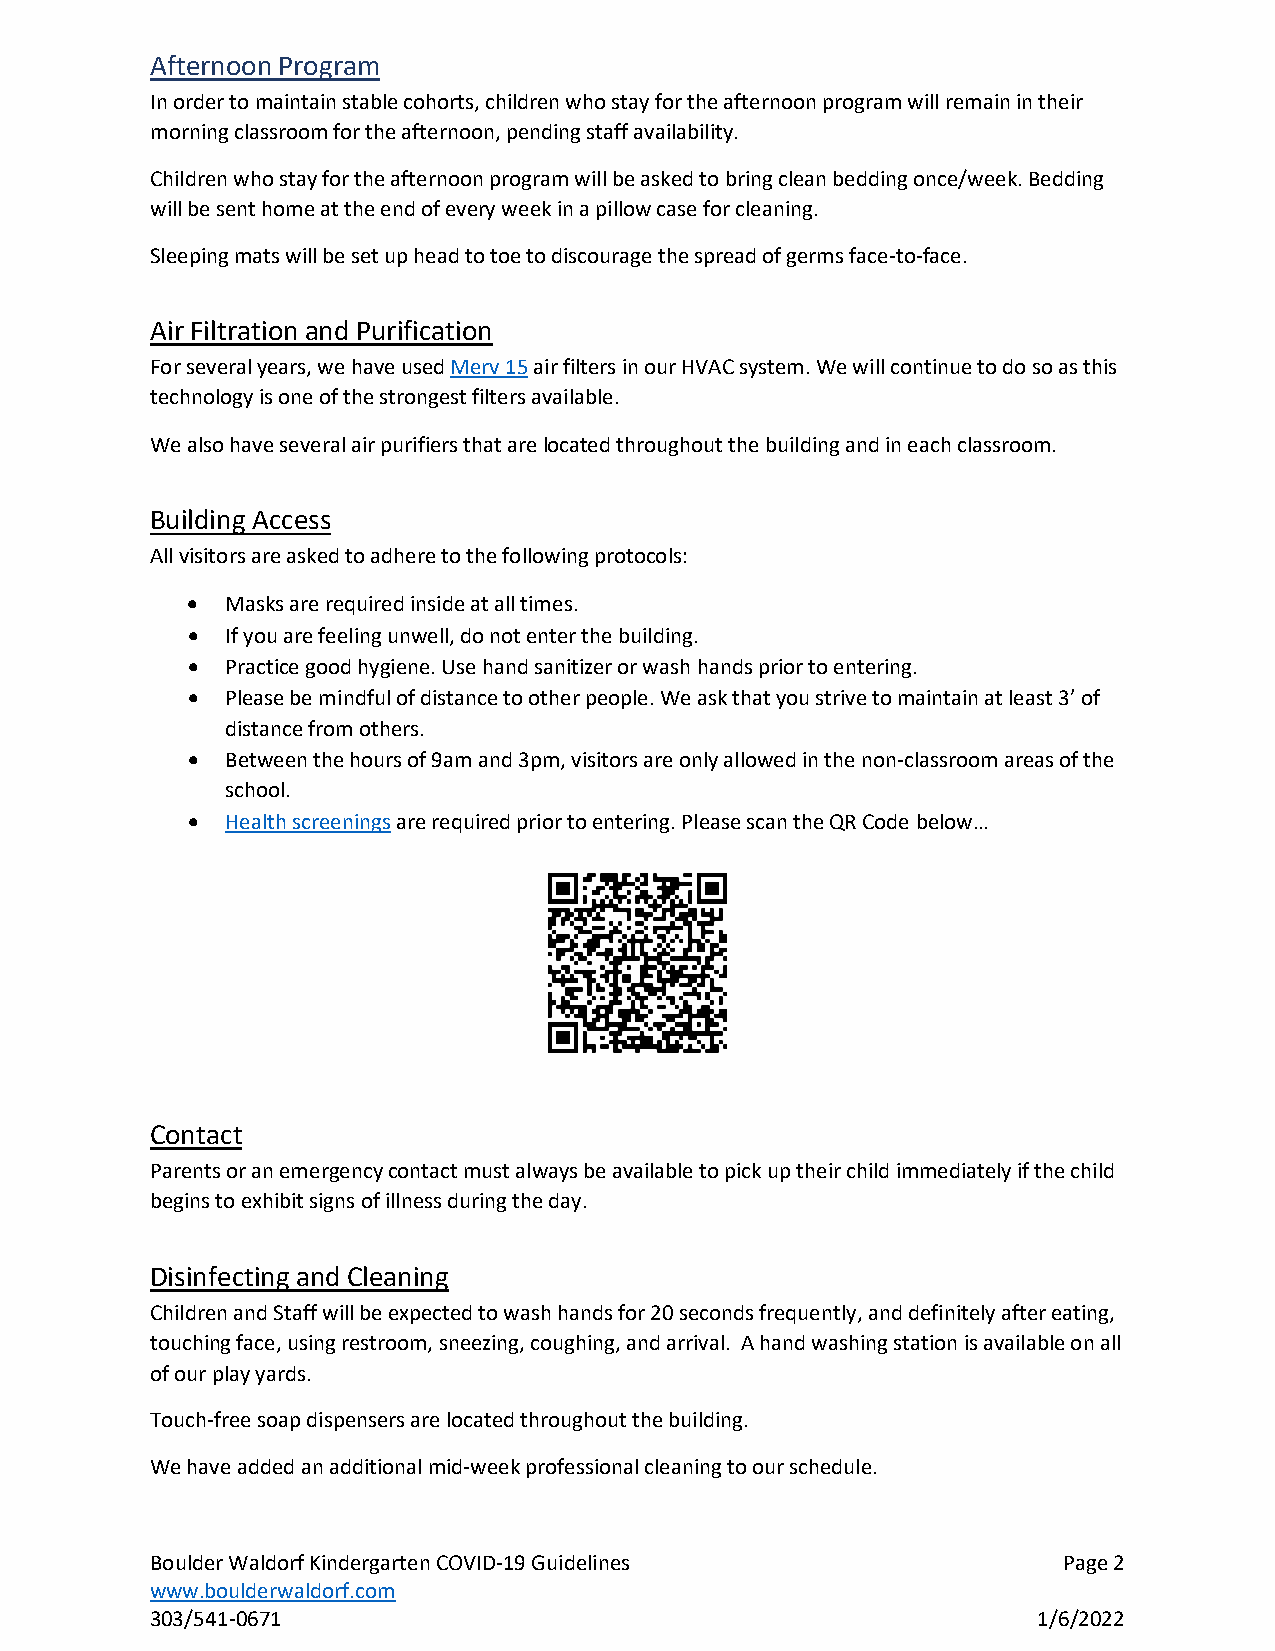
Afternoon Program
 In order to maintain stable cohorts, children who stay for the afternoon program will remain in their
 morning classroom for the afternoon, pending staff availability.
 Children who stay for the afternoon program will be asked to bring clean bedding once/week. Bedding
 will be sent home at the end of every week in a pillow case for cleaning.
 Sleeping mats will be set up head to toe to discourage the spread of germs face-to-face.
 Air Filtration and Purification
 For several years, we have used Merv 15 air filters in our HVAC system. We will continue to do so as this
 technology is one of the strongest filters available.
 We also have several air purifiers that are located throughout the building and in each classroom.
 Building Access
 All visitors are asked to adhere to the following protocols:
 •  Masks are required inside at all times.
 •  If you are feeling unwell, do not enter the building.
 •  Practice good hygiene. Use hand sanitizer or wash hands prior to entering.
 •  Please be mindful of distance to other people. We ask that you strive to maintain at least 3’ of
 distance from others.
 •  Between the hours of 9am and 3pm, visitors are only allowed in the non-classroom areas of the
 school.
 •  Health screenings are required prior to entering. Please scan the QR Code below…
 Contact
 Parents or an emergency contact must always be available to pick up their child immediately if the child
 begins to exhibit signs of illness during the day.
 Disinfecting and Cleaning
 Children and Staff will be expected to wash hands for 20 seconds frequently, and definitely after eating,
 touching face, using restroom, sneezing, coughing, and arrival. A hand washing station is available on all
 of our play yards.
 Touch-free soap dispensers are located throughout the building.
 We have added an additional mid-week professional cleaning to our schedule.
 Boulder Waldorf Kindergarten COVID-19 Guidelines            Page 2
 www.boulderwaldorf.com
 303/541-0671                                               1/6/2022